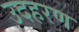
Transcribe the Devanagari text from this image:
उदहरण